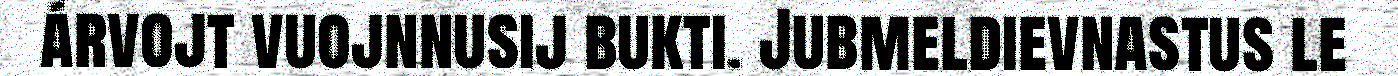
árvojt vuojnnusij bukti. Jubmeldievnastus le